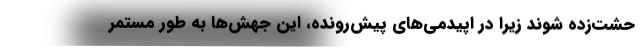
حشت‌‌زده شوند زیرا در اپیدمی‌‌های پیش‌‌رونده، این جهش‌‌ها به طور مستمر